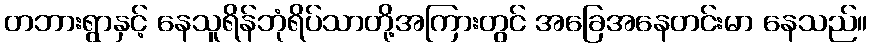
တဘားရွာနှင့် နေသူရိန်ဘုံရိပ်သာတို့အကြားတွင် အခြေအနေတင်းမာ နေသည်။